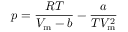
p = { \frac { R T } { V _ { \mathrm { m } } - b } } - { \frac { a } { T V _ { \mathrm { m } } ^ { 2 } } }